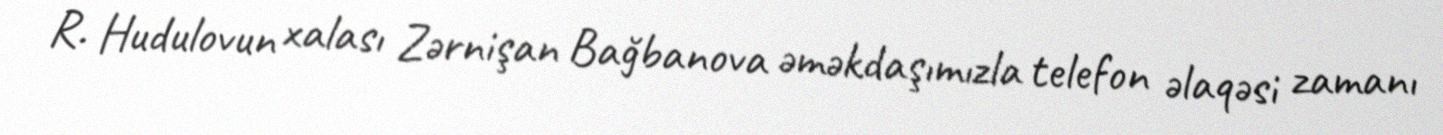
R. Hudulovun xalası Zərnişan Bağbanova əməkdaşımızla telefon əlaqəsi zamanı